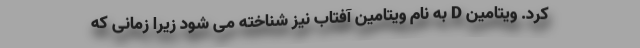
کرد. ویتامین D به نام ویتامین آفتاب نیز شناخته می شود زیرا زمانی که